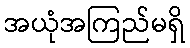
အယုံအကြည်မရှိ